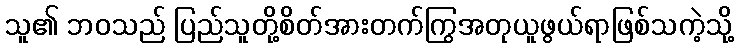
သူ၏ ဘဝသည် ပြည်သူတို့စိတ်အားတက်ကြွအတုယူဖွယ်ရာဖြစ်သကဲ့သို့